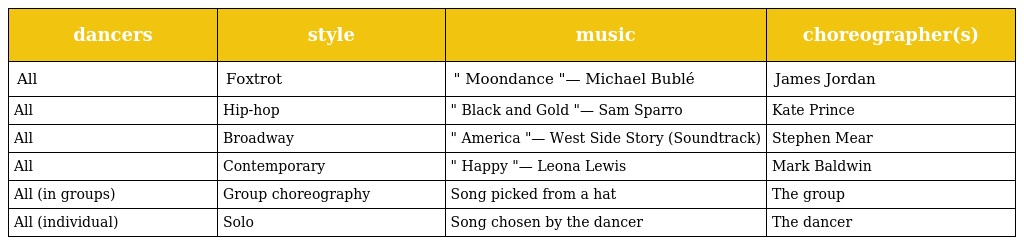
| dancers | style | music | choreographer(s) |
 | --- | --- | --- | --- |
 | All | Foxtrot | " Moondance "— Michael Bublé | James Jordan |
 | All | Hip-hop | " Black and Gold "— Sam Sparro | Kate Prince |
 | All | Broadway | " America "— West Side Story (Soundtrack) | Stephen Mear |
 | All | Contemporary | " Happy "— Leona Lewis | Mark Baldwin |
 | All (in groups) | Group choreography | Song picked from a hat | The group |
 | All (individual) | Solo | Song chosen by the dancer | The dancer |